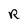
Character: R